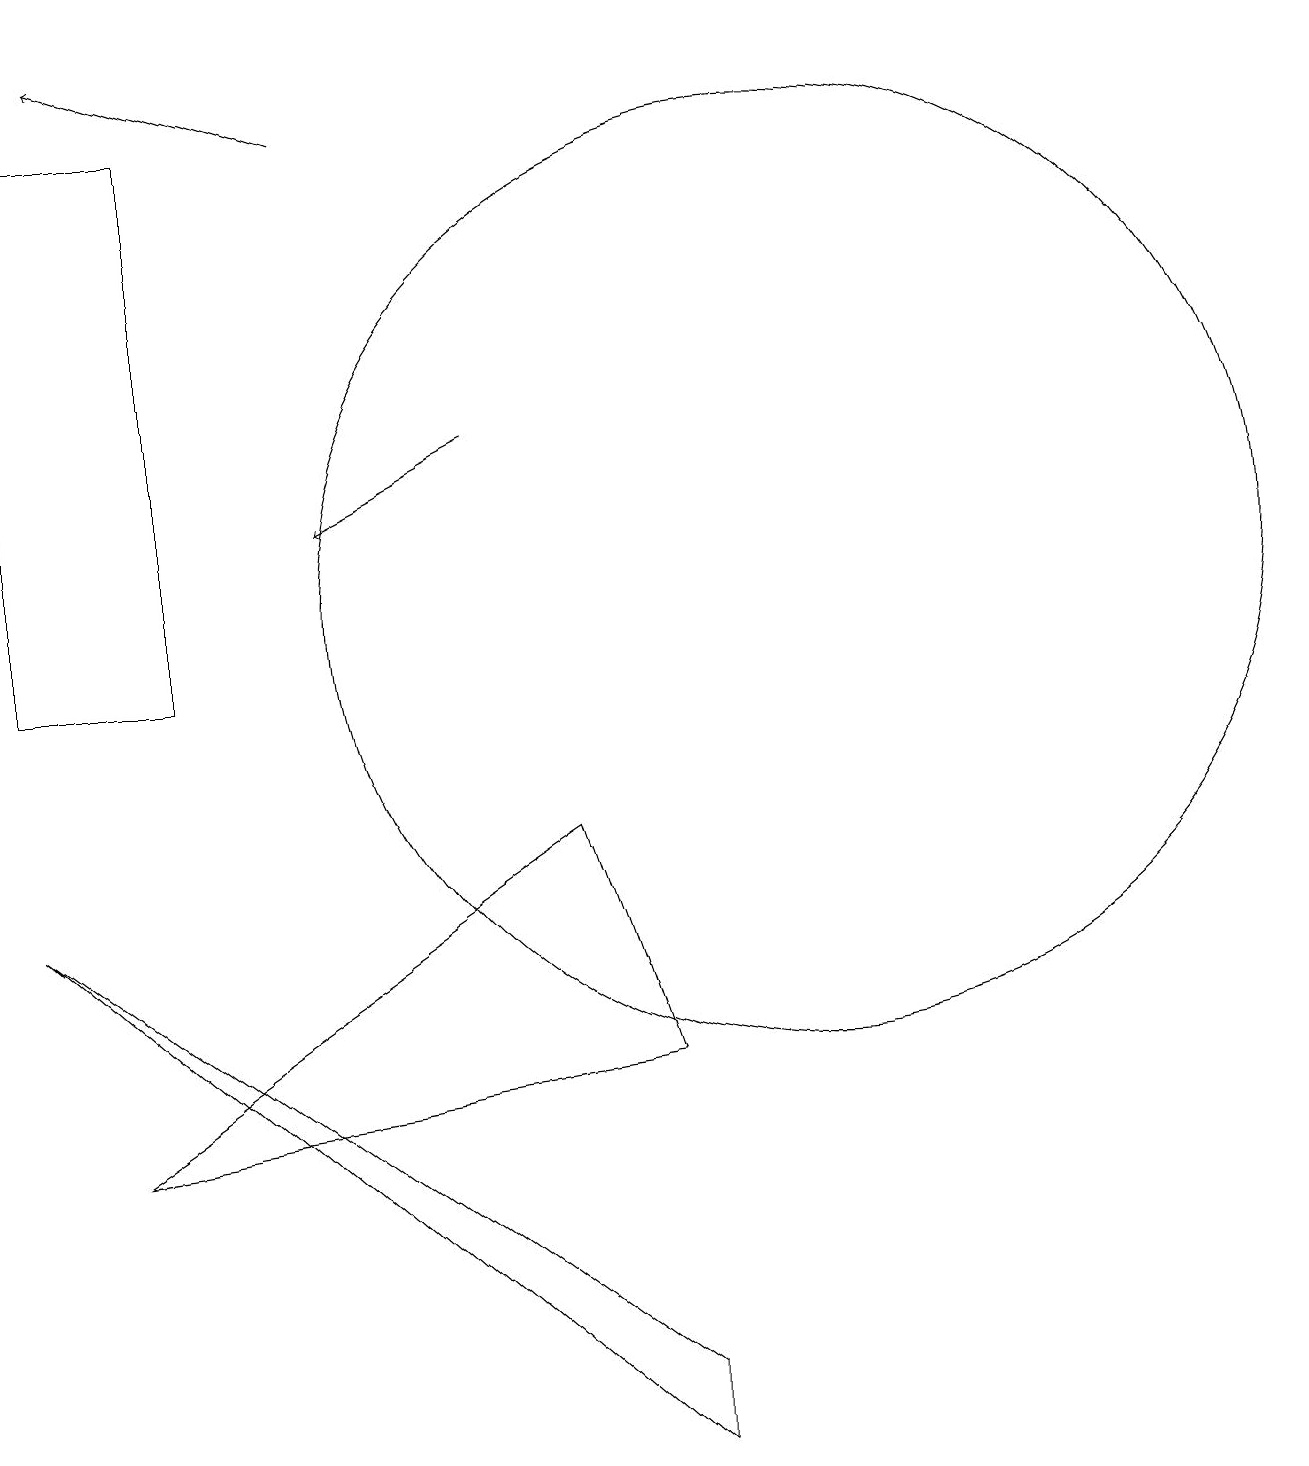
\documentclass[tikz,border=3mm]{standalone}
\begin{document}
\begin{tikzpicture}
\draw (0,10) rectangle (2,17);
\draw (1,4) -- (7,8) -- (8,5) -- cycle;
\draw (11,11) circle (0);
\draw (10,11) circle (6);
\draw (0,7) -- (8,0) -- (8,1) -- cycle;
\draw[->] (4,17) -- (1,18);
\draw[->] (6,13) -- (4,12);
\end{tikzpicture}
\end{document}